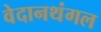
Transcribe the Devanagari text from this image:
वेदानथंगल